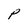
Character: P